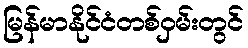
မြန်မာနိုင်ငံတစ်ဝှမ်းတွင်